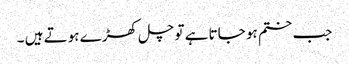
جب ختم ہو جاتا ہے تو چل کھڑے ہوتے ہیں ۔